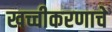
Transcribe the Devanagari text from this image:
खच्चीकरणाचे